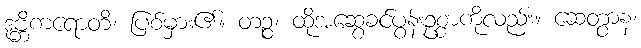
ဒုဗ္ဘိကရောတိ၊ ပြစ်မှား၏။ တဉ္စ၊ ထိုအဆွေခင်ပွန်းဥစ္စာကိုလည်း။ ဆေတွာန၊